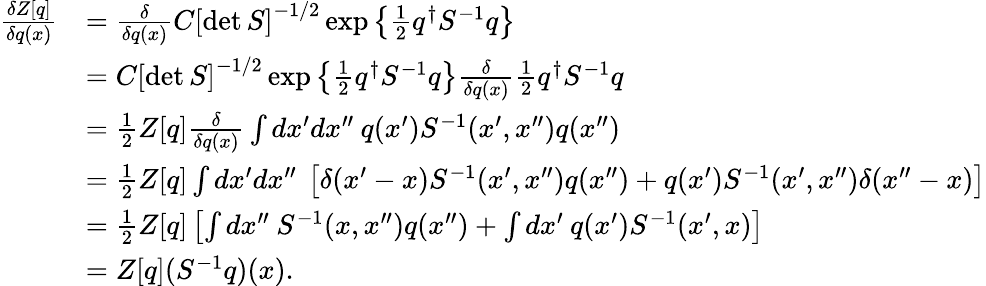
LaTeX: \begin{array}{rl}{\frac{\delta Z[q]}{\delta q(x)}}&{=\frac{\delta}{\delta q(x)}C\left[\operatorname*{det}S\right]^{-1/2}\exp\left\{ \frac{1}{2}q^{\dagger}S^{-1}q\right\} }\\ &{=C\left[\operatorname*{det}S\right]^{-1/2}\exp\left\{ \frac{1}{2}q^{\dagger}S^{-1}q\right\} \frac{\delta}{\delta q(x)}\frac{1}{2}q^{\dagger}S^{-1}q}\\ &{=\frac{1}{2}Z[q]\frac{\delta}{\delta q(x)}\int dx^{\prime}dx^{\prime\prime}\: q(x^{\prime})S^{-1}(x^{\prime},x^{\prime\prime})q(x^{\prime\prime})}\\ &{=\frac{1}{2}Z[q]\int dx^{\prime}dx^{\prime\prime}\: \left[\delta(x^{\prime}-x)S^{-1}(x^{\prime},x^{\prime\prime})q(x^{\prime\prime})+q(x^{\prime})S^{-1}(x^{\prime},x^{\prime\prime})\delta(x^{\prime\prime}-x)\right]}\\ &{=\frac{1}{2}Z[q]\left[\int dx^{\prime\prime}\: S^{-1}(x,x^{\prime\prime})q(x^{\prime\prime})+\int dx^{\prime}\: q(x^{\prime})S^{-1}(x^{\prime},x)\right]}\\ &{=Z[q](S^{-1}q)(x).}\end{array}